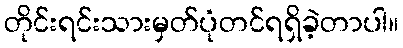
တိုင်းရင်းသားမှတ်ပုံတင်ရရှိခဲ့တာပါ။